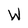
Character: W